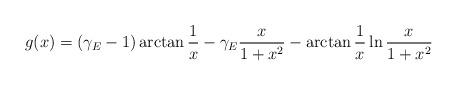
LaTeX: \begin{align*}g(x) = (\gamma _{E} - 1) \arctan \frac{1}{x} - \gamma _{E} \frac{x}{1+x ^2} - \arctan \frac{1}{x} \ln \frac{x}{1+x ^2}\end{align*}